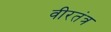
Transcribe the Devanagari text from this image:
वीरतंत्र